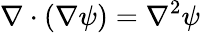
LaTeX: \nabla\cdot(\nabla\psi)=\nabla^{2}\psi